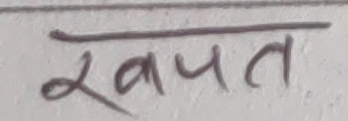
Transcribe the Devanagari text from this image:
खपत